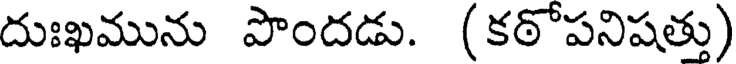
దుఃఖమును పొందడు. (కఠోపనిషత్తు)